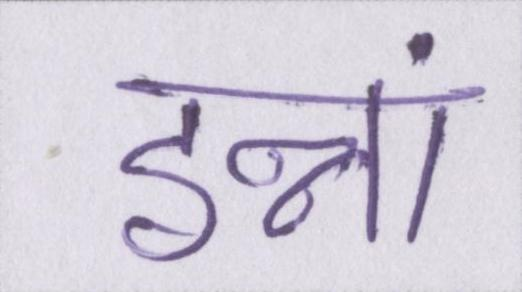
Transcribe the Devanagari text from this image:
इन्नां